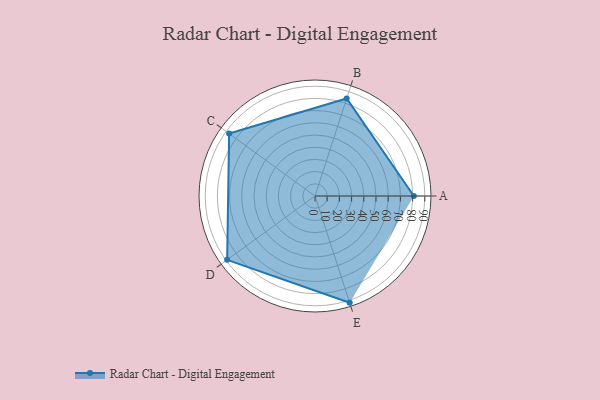
{"axis": {"x": "Skill", "y": "Score"}, "legend": ["Profile"], "data": [{"x": "A", "y": 81.0, "type": "Profile"}, {"x": "B", "y": 84.0, "type": "Profile"}, {"x": "C", "y": 87.0, "type": "Profile"}, {"x": "D", "y": 89.0, "type": "Profile"}, {"x": "E", "y": 92.0, "type": "Profile"}]}